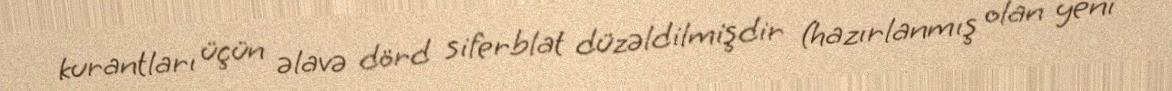
kurantları üçün əlavə dörd siferblat düzəldilmişdir (hazırlanmış olan yeni